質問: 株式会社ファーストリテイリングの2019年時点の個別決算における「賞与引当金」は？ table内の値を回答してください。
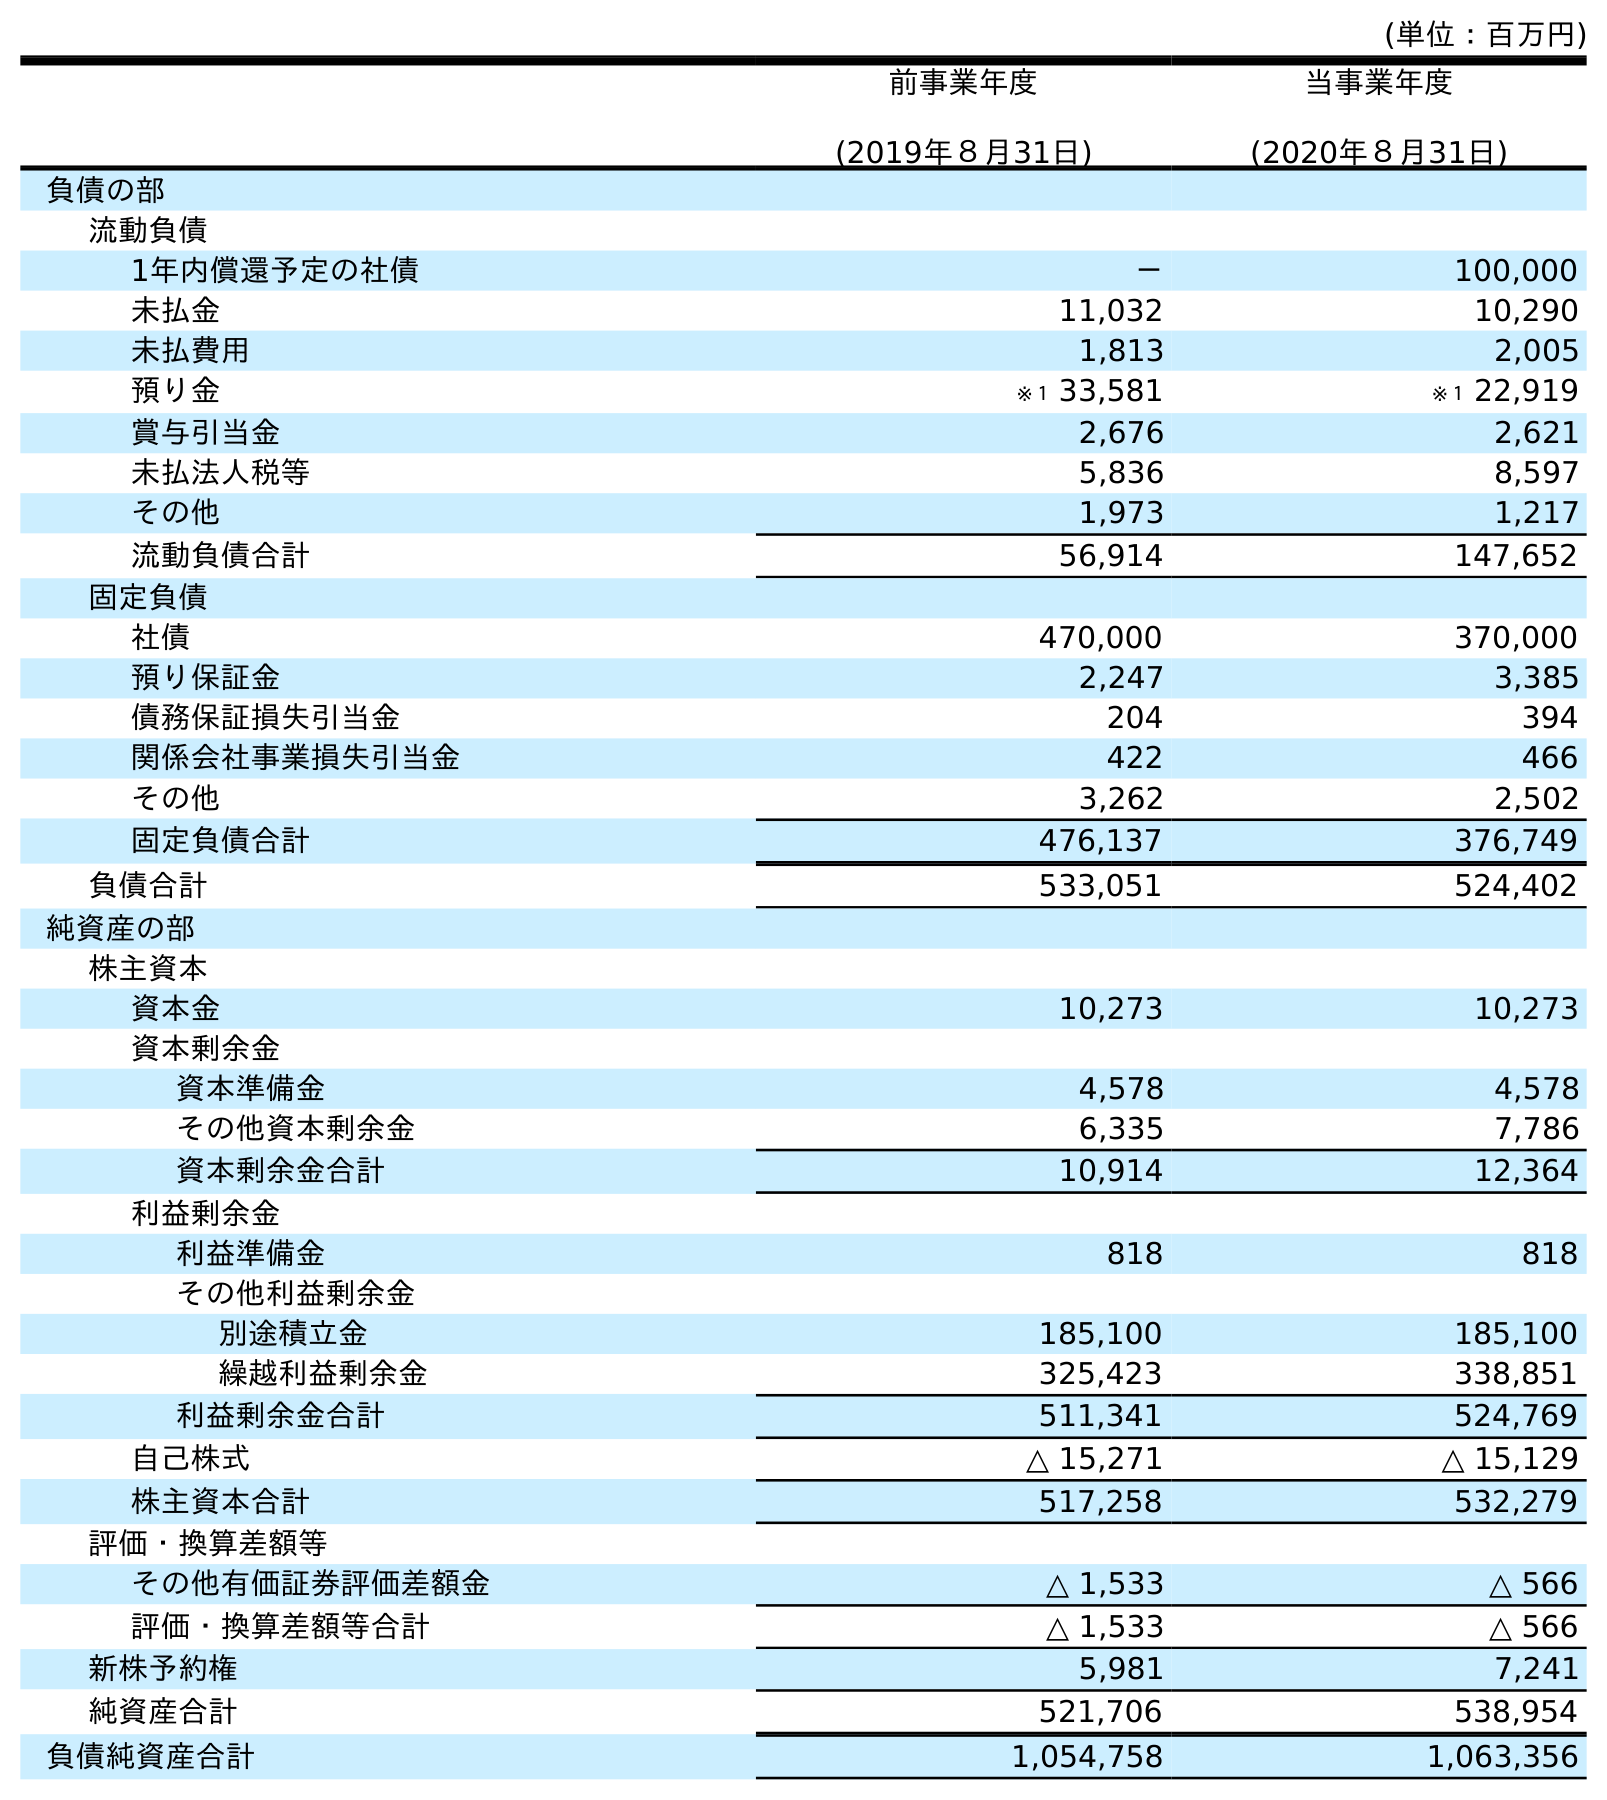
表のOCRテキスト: (単位：百万円) 前事業年度 (2019年８月31日) 当事業年度 (2020年８月31日) 負債の部 流動負債 1年内償還予定の社債 － 100,000 未払金 11,032 10,290 未払費用 1,813 2,005 預り金 ※１ 33,581 ※１ 22,919 賞与引当金 2,676 2,621 未払法人税等 5,836 8,597 その他 1,973 1,217 流動負債合計 56,914 147,652 固定負債 社債 470,000 370,000 預り保証金 2,247 3,385 債務保証損失引当金 204 394 関係会社事業損失引当金 422 466 その他 3,262 2,502 固定負債合計 476,137 376,749 負債合計 533,051 524,402 純資産の部 株主資本 資本金 10,273 10,273 資本剰余金 資本準備金 4,578 4,578 その他資本剰余金 6,335 7,786 資本剰余金合計 10,914 12,364 利益剰余金 利益準備金 818 818 その他利益剰余金 別途積立金 185,100 185,100 繰越利益剰余金 325,423 338,851 利益剰余金合計 511,341 524,769 自己株式 △ 15,271 △ 15,129 株主資本合計 517,258 532,279 評価・換算差額等 その他有価証券評価差額金 △ 1,533 △ 566 評価・換算差額等合計 △ 1,533 △ 566 新株予約権 5,981 7,241 純資産合計 521,706 538,954 負債純資産合計 1,054,758 1,063,356
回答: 2,676